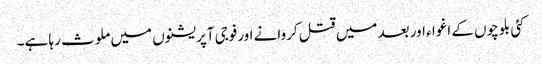
کئی بلوچوں کے اغوا ء اور بعد میں قتل کروانے اورفوجی آپریشنوں میں ملوث رہا ہے۔